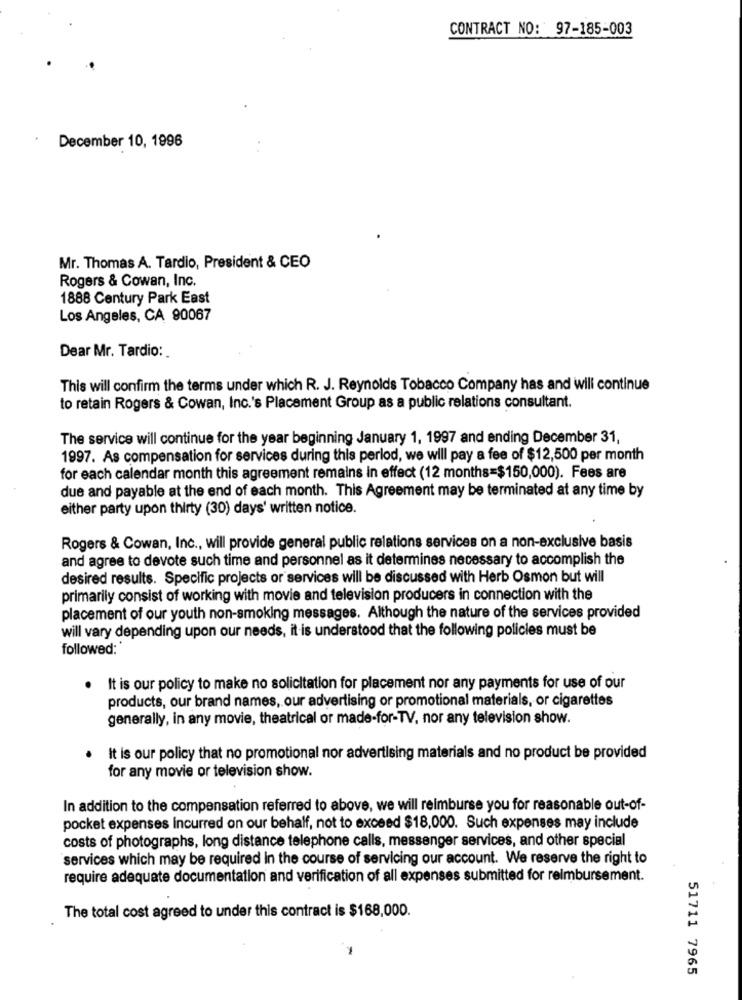
CONTRACT NO: 97-185-003
December 10, 1996
Mr. Thomas A. Tardio, President & CEO
Rogers & Cowan, Inc.
1888 Century Park East
Los Angeles, CA 90067
Dear Mr. Tardio:
This will confirm the terms under which R. J. Reynolds Tobacco Company has and will continue
to retain Rogers & Cowan, Inc.'s Placement Group as a public relations consultant.
The service will continue for the year beginning January 1, 1997 and ending December 31,
1997. As compensation for services during this period, we will pay a fee of $12,500 per month
for each calendar month this agreement remains in effect (12 months=$150,000). Fees are
due and payable at the end of each month. This Agreement may be terminated at any time by
either party upon thirty (30) days' written notice.
Rogers & Cowan, Inc ., will provide general public relations services on a non-exclusive basis
and agree to devote such time and personnel as it determines necessary to accomplish the
desired results. Specific projects or services will be discussed with Herb Osmon but will
primarily consist of working with movie and television producers in connection with the
placement of our youth non-smoking messages. Although the nature of the services provided
will vary depending upon our needs, it is understood that the following policies must be
followed:
.
It is our policy to make no solicitation for placement nor any payments for use of our
products, our brand names, our advertising or promotional materials, or cigarettes
generally, in any movie, theatrical or made-for-TV, nor any television show.
It is our policy that no promotional nor advertising materials and no product be provided
for any movie or television show.
In addition to the compensation referred to above, we will reimburse you for reasonable out-of-
pocket expenses incurred on our behalf, not to exceed $18,000. Such expenses may include
costs of photographs, long distance telephone calls, messenger services, and other special
services which may be required in the course of servicing our account. We reserve the right to
require adequate documentation and verification of all expenses submitted for reimbursement.
The total cost agreed to under this contract is $168,000.
51711 7965